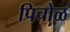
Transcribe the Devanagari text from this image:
पिचोळ